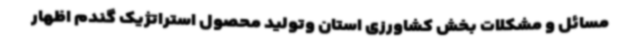
مسائل و مشکلات بخش کشاورزی استان وتولید محصول استراتژیک گندم اظهار